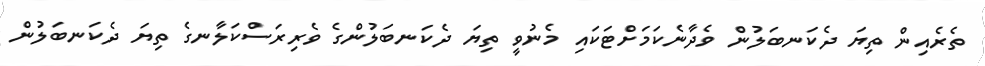
ތެރެއިން ތިޔަ ދެކަނބަލުން ވެދާނެކަމަށްޓަކައި މެނުވީ ތިޔަ ދެކަނބަލުންގެ ވެރިރަސްކަލާނގެ ތިޔަ ދެކަނބަލުން